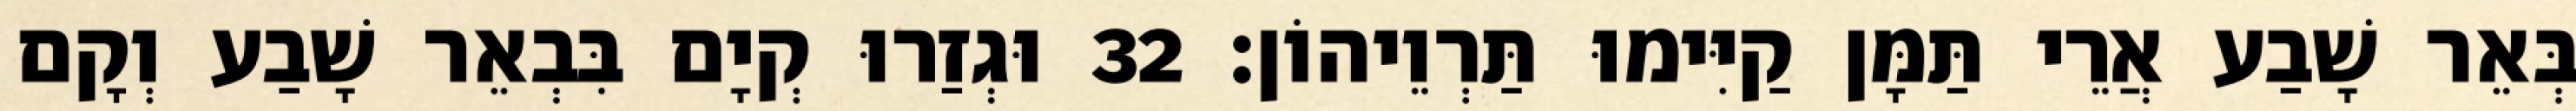
בְּאֵר שָׁבַע אֲרֵי תַּמָּן קַיִּימוּ תַּרְוֵיהוֹן׃ 32 וּגְזַרוּ קְיָם בִּבְאֵר שָׁבַע וְקָם